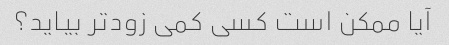
آیا ممکن است کسی کمی زودتر بیاید؟